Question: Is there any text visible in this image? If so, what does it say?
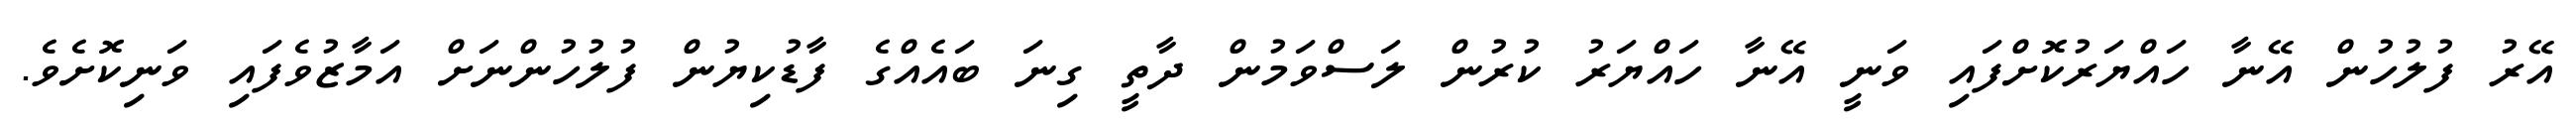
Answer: އޭރު ފުލުހުން އޭނާ ހައްޔަރުކޮށްފައި ވަނީ އޭނާ ހައްޔަރު ކުރުން ލަސްވަމުން ދާތީ ގިނަ ބައެއްގެ ފާޑުކިޔުން ފުލުހުންނަށް އަމާޒުވެފައި ވަނިކޮށެވެ.